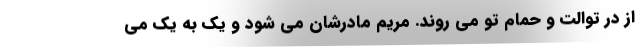
از در توالت و حمام تو می روند. مریم مادرشان می شود و یک به یک می